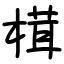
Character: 榵